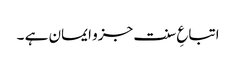
اتباعِ سنت جزو ایمان ہے ۔